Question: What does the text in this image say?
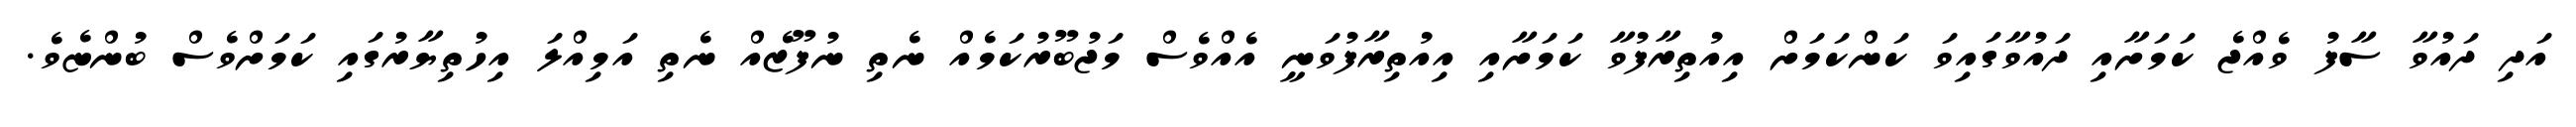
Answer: އަދި ދައުވާ ސާފު ވެއްޖެ ކަމަށާއި ދައުވާގައިވަ ކަންކަމަށް އިއުތިރާފުވާ ކަމަށާއި އިއުތިރާފުވަނީ އެއްވެސް މަޖުބޫރުކަމެއް ނެތި ނުފޫޒެއް ނެތި އަމިއްލަ އިހުތިޔާރުގައި ކަމަށްވެސް ބުންޏެވެ.